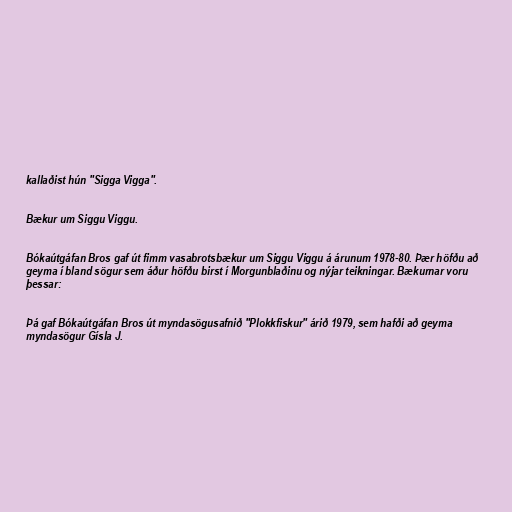
kallaðist hún "Sigga Vigga".

Bækur um Siggu Viggu.

Bókaútgáfan Bros gaf út fimm vasabrotsbækur um Siggu Viggu á árunum 1978-80. Þær höfðu að
geyma í bland sögur sem áður höfðu birst í Morgunblaðinu og nýjar teikningar. Bækurnar voru
þessar:

Þá gaf Bókaútgáfan Bros út myndasögusafnið "Plokkfiskur" árið 1979, sem hafði að geyma
myndasögur Gísla J.